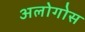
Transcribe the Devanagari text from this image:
अलोगोस